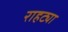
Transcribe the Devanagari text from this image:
राहट्या